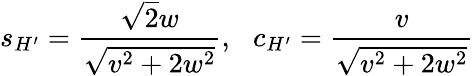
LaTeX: s_{H^{\prime}}={\frac{\sqrt{2}w}{\sqrt{v^{2}+2w^{2}}}},\, \, \, \, c_{H^{\prime}}={\frac{v}{\sqrt{v^{2}+2w^{2}}}}